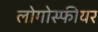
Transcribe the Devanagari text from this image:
लोगोस्फीयर